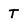
Character: T